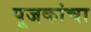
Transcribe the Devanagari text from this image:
पूजकांचा